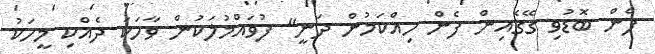
ފެން ބޮޑުވި ގޭގެއިން ފެން ހިއްކަމުން ދަނީ" ފުވައްމުލަކުން ވާހަކަ ދެއްކި މީހަކު